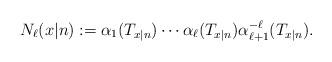
LaTeX: \begin{align*}N_{\ell}(x|n) := \alpha_1(T_{x|n}) \cdots \alpha_{\ell}(T_{x|n}) \alpha_{\ell+1}^{-\ell} (T_{x|n}).\end{align*}